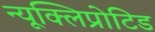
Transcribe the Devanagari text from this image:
न्यूक्लिप्रोटिड